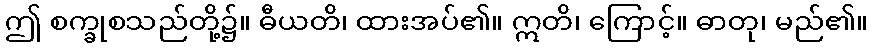
ဤ စက္ခုစသည်တို့၌။ ဓီယတိ၊ ထားအပ်၏။ ဣတိ၊ ကြောင့်။ ဓာတု၊ မည်၏။